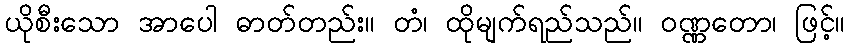
ယိုစီးသော အာပေါ ဓာတ်တည်း။ တံ၊ ထိုမျက်ရည်သည်။ ဝဏ္ဏတော၊ ဖြင့်။